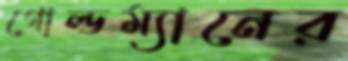
গোল্ডম্যানের